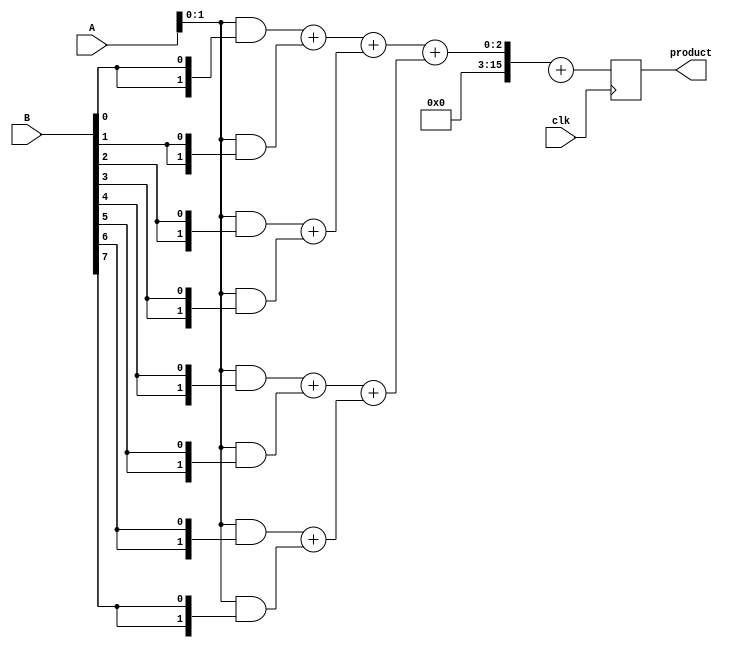
module wallace_tree_multiplier #(parameter N = 8) (
    input wire clk,
    input wire [N-1:0] A, // Multiplicand
    input wire [N-1:0] B, // Multiplier
    output reg [2*N-1:0] product // Final product
);

    // Intermediate signals for partial products
    wire [N-1:0] pp [0:N-1]; // Partial products
    wire [N-1:0] sum [0:N-1]; // Sums from CSA
    wire [N-1:0] carry [0:N-1]; // Carries from CSA

    // Generate partial products
    genvar i;
    generate
        for (i = 0; i < N; i = i + 1) begin : pp_gen
            assign pp[i] = A & {N{B[i]}}; // AND operation to generate partial products
        end
    endgenerate

    // Carry-Save Adder Tree
    // First layer of CSA
    wire [N-1:0] sum1, carry1;
    wire [N-1:0] sum2, carry2;

    // Combine partial products using CSA
    generate
        for (i = 0; i < N-1; i = i + 2) begin : csa_layer1
            assign {carry1[i/2], sum1[i/2]} = pp[i] + pp[i+1]; // Half adder for pairs
        end
        if (N % 2 == 1) begin
            assign sum1[N/2] = pp[N-1]; // Handle odd case
        end
    endgenerate

    // Second layer of CSA
    generate
        for (i = 0; i < (N+1)/2; i = i + 2) begin : csa_layer2
            assign {carry2[i/2], sum2[i/2]} = {carry1[i], sum1[i]} + {carry1[i+1], sum1[i+1]};
        end
    endgenerate

    // Final addition
    wire [2*N-1:0] final_sum;
    wire [2*N-1:0] final_carry;

    always @(posedge clk) begin
        // Final addition of the last two sums
        product <= final_sum + final_carry;
    end

    // Final output assignment
    assign final_sum = {carry2[0], sum2[0]} + {carry2[1], sum2[1]}; // Final addition of the last two results

endmodule